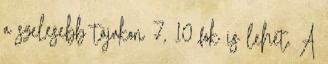
a szelesebb tájakon 7, 10 fok is lehet. A